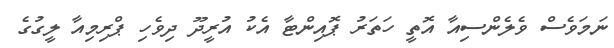
ނަމަވެސް ވެލެންސިއާ އޮތީ ހަތަރު ޕޮއިންޓާ އެކު އުރީދޫ ދިވެހި ޕްރިމިއާ ލީގުގެ